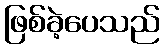
ဖြစ်ခဲ့ပေသည်